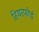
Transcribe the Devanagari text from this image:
हियरफोर्ड